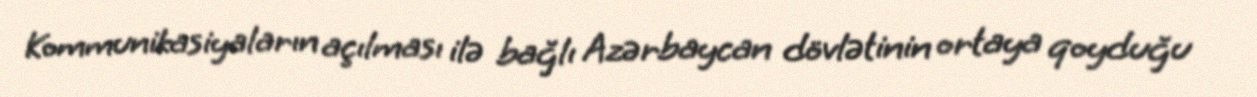
Kommunikasiyaların açılması ilə bağlı Azərbaycan dövlətinin ortaya qoyduğu